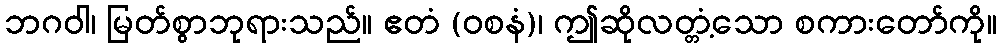
ဘဂဝါ၊ မြတ်စွာဘုရားသည်။ ဧတံ (ဝစနံ)၊ ဤဆိုလတ္တံ့သော စကားတော်ကို။